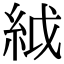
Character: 䋐